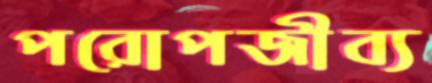
পরোপজীব্য